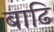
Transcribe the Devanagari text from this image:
बाढि